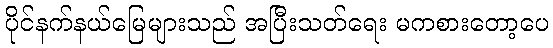
ပိုင်နက်နယ်မြေများသည် အပြီးသတ်ရေး မကစားတော့ပေ